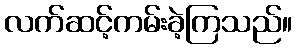
လက်ဆင့်ကမ်းခဲ့ကြသည်။